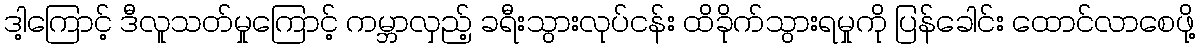
ဒါ့ကြောင့် ဒီလူသတ်မှုကြောင့် ကမ္ဘာလှည့် ခရီးသွားလုပ်ငန်း ထိခိုက်သွားရမှုကို ပြန်ခေါင်း ထောင်လာစေဖို့